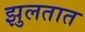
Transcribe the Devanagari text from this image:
झुलतात